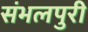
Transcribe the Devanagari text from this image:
संभलपुरी